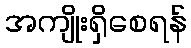
အကျိုးရှိစေရန်